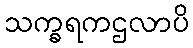
သက္ခရကဌလာပိ